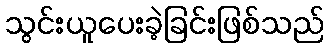
သွင်းယူပေးခဲ့ခြင်းဖြစ်သည်